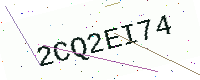
Text: 2CQ2EI74